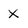
Character: X